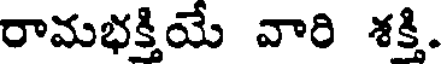
రామభక్తియ వారి శక్తి.